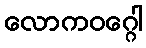
လောကဝဂ္ဂေါ